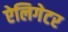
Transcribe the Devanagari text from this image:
ऐलिगेटर